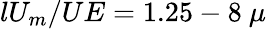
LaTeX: lU_{m}/UE=1.25-8\ \mu